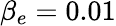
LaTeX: \beta_{e}=0.01